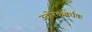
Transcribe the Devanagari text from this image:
उत्प्रेरकवर्धक